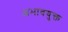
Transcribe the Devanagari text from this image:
अभावयुक्त